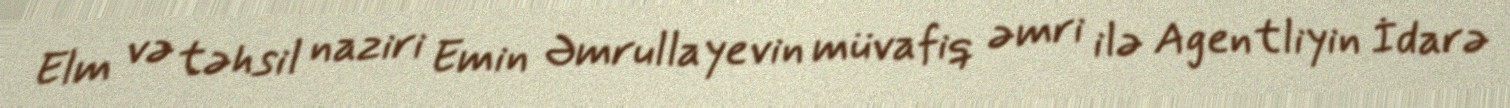
Elm və təhsil naziri Emin Əmrullayevin müvafiq əmri ilə Agentliyin İdarə